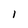
Character: l